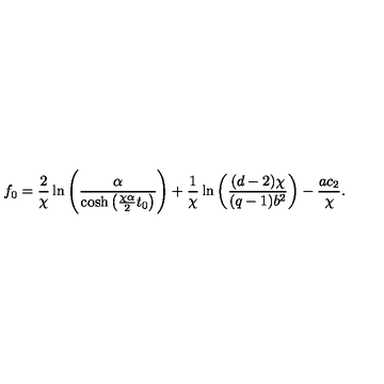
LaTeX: f _ { 0 } = \frac 2 { \chi } \ln \left( \frac { \alpha } { \cosh \left( { \frac { \chi \alpha } { 2 } } t _ { 0 } \right) } \right) + \frac 1 { \chi } \ln \left( { \frac { ( d - 2 ) \chi } { ( q - 1 ) b ^ { 2 } } } \right) - { \frac { a c _ { 2 } } { \chi } } .